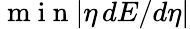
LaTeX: \mathrm{~m~i~n~}|\eta\, dE/d\eta|